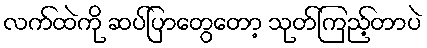
လက်ထဲကို ဆပ်ပြာတွေတော့ သုတ်ကြည့်တာပဲ